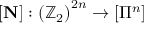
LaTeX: \left[ \mathbf { N } \right] : \left( \mathbb { Z } _ { 2 } \right) ^ { 2 n } \rightarrow \left[ \Pi ^ { n } \right]